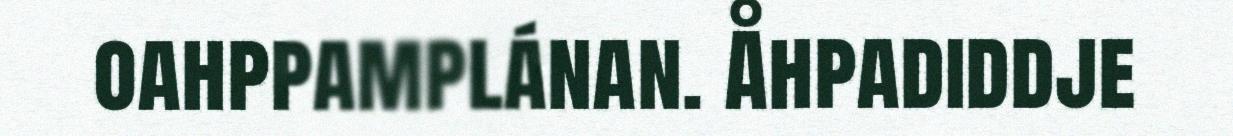
oahppamplánan. Åhpadiddje